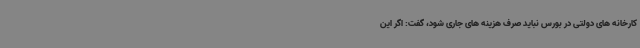
کارخانه های دولتی در بورس نباید صرف هزینه های جاری شود، گفت: اگر این